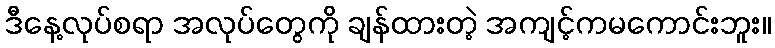
ဒီနေ့လုပ်စရာ အလုပ်တွေကို ချန်ထားတဲ့ အကျင့်ကမကောင်းဘူး။